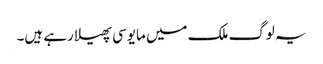
یہ لوگ ملک میں مایوسی پھیلا رہے ہیں۔